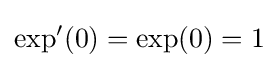
\exp '(0)=\exp(0)=1